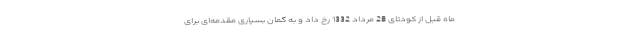
ماه قبل از کودتای 28 مرداد 1332 رخ داد و به گمان بسیاری مقدمه‌ای برای